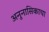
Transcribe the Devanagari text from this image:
अनुनासिकाचा